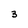
Character: 3